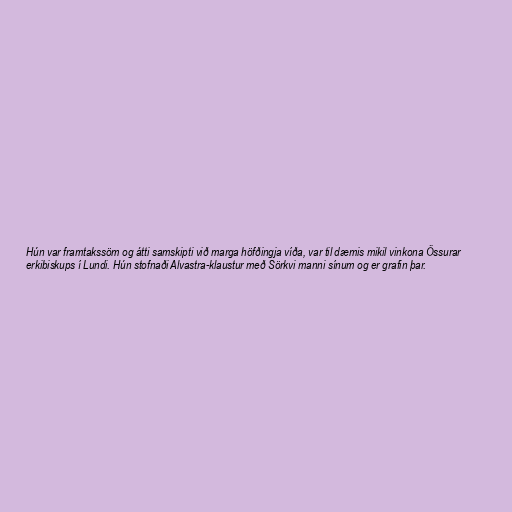
Hún var framtakssöm og átti samskipti við marga höfðingja víða, var til dæmis mikil vinkona Össurar
erkibiskups í Lundi. Hún stofnaði Alvastra-klaustur með Sörkvi manni sínum og er grafin þar.